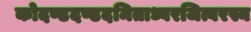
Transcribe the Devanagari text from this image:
कोदण्डदण्डदमिताध्वरजित्वरस्य